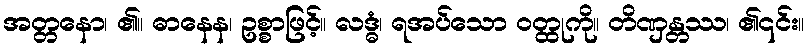
အတ္တနော၊ ၏။ ဓာနေန၊ ဥစ္စာဖြင့်။ လဒ္ဓံ၊ ရအပ်သော ဝတ္ထုကို။ တိဏှန္တဿ၊ ၏၎င်း။